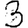
Digit: 3